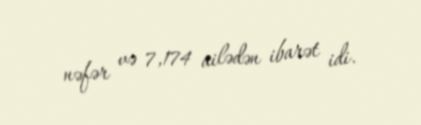
nəfər və 7,174 ailədən ibarət idi.